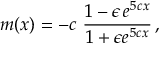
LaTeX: m ( x ) = - c ~ \frac { 1 - \epsilon \, e ^ { 5 c x } } { 1 + \epsilon e ^ { 5 c x } } \, ,